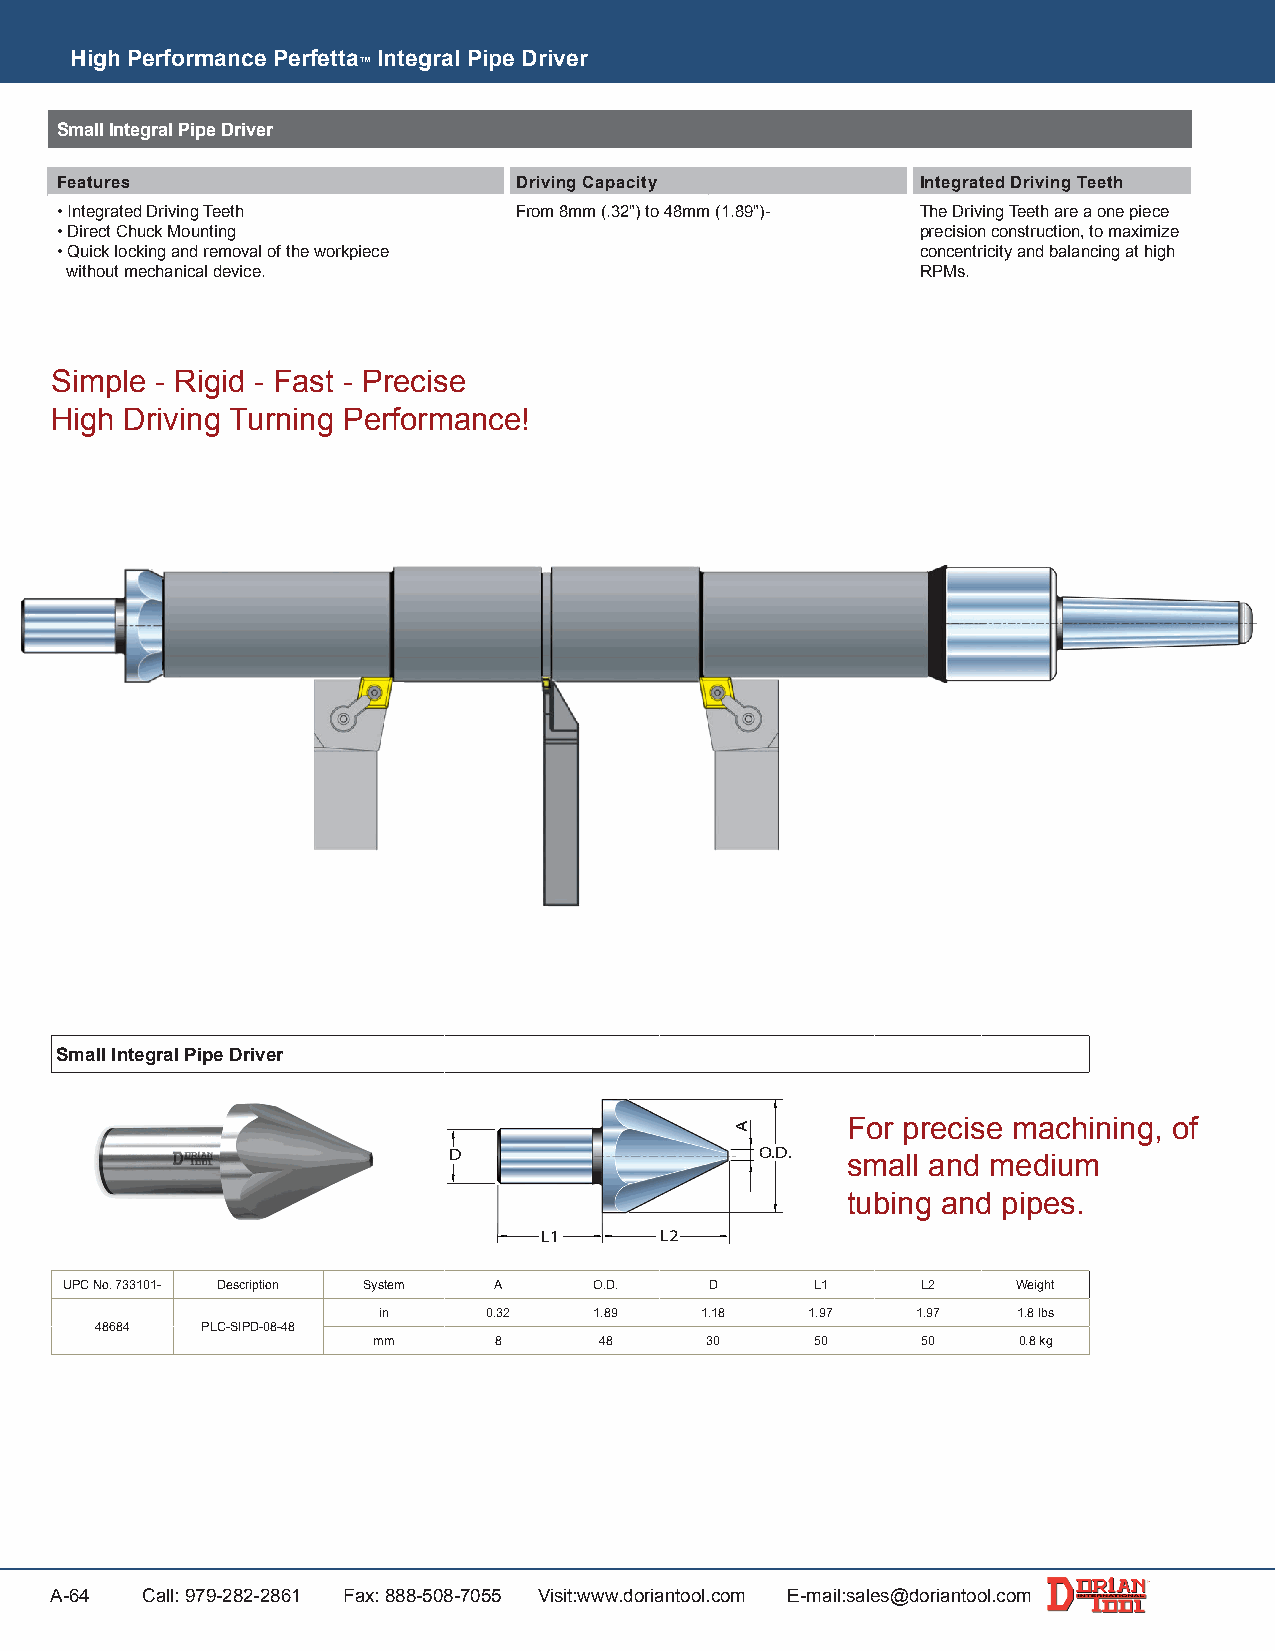
High Performance Perfetta Integral Pipe Driver
 ™
 Small Integral Pipe Driver
 Features                      Driving Capacity           Integrated Driving Teeth
 • Integrated Driving Teeth    From 8mm (.32") to 48mm (1.89")- The Driving Teeth are a one piece
 • Direct Chuck Mounting                                  precision construction, to maximize
 • Quick locking and removal of the workpiece             concentricity and balancing at high
 without mechanical device.                               RPMs.
 Simple - Rigid - Fast - Precise
 High Driving Turning Performance!
 Small Integral Pipe Driver
 For precise machining, of
 D                   O.D.
 small and medium
 tubing and pipes.
 L1      L2
 UPC No. 733101- Description System A O.D.  D      L1     L2    Weight
 in     0.32   1.89   1.18    1.97   1.97  1.8 lbs
 48684  PLC-SIPD-08-48
 mm      8      48     30     50     50    0.8 kg
 A-64  Call: 979-282-2861 Fax: 888-508-7055 Visit:www.doriantool.com E-mail:sales@doriantool.com
 A